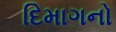
દિમાગનો